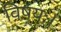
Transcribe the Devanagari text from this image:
विषयः।